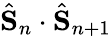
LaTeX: \hat{\textbf{S}}_{n}\cdot\hat{\textbf{S}}_{n+1}